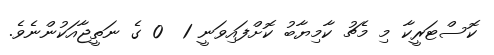
ކޮސްޓަރީކާ މި މެޗު ކާމިޔާބު ކޮށްފައިވަނީ 1  0 ގެ ނަތީޖާއަކުންނެވެ.